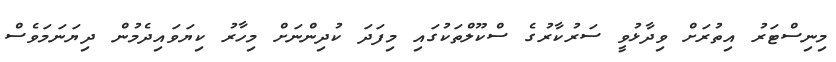
މިނިސްޓަރު އިތުރަށް ވިދާޅުވީ ސަރުކާރުގެ ސްކޫލްތަކުގައި މިފަދަ ކުދިންނަށް މިހާރު ކިޔަވައިދެމުން ދިޔަނަަމަވެސް